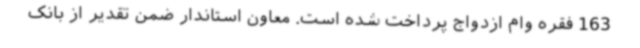
163 فقره وام ازدواج پرداخت شده است. معاون استاندار ضمن تقدیر از بانک